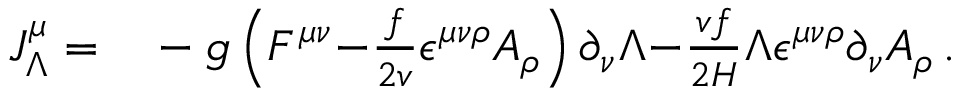
\begin{array} { r l } { J _ { \Lambda } ^ { \mu } = } & { { } - g \left( F ^ { \mu \nu } { - } \frac { f } { 2 v } \epsilon ^ { \mu \nu \rho } A _ { \rho } \right) \partial _ { \nu } \Lambda { - } \frac { v f } { 2 H } \Lambda \epsilon ^ { \mu \nu \rho } \partial _ { \nu } A _ { \rho } \, . } \end{array}